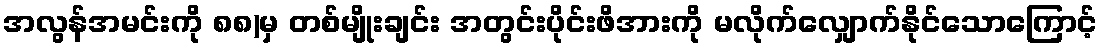
အလွန်အမင်းကို ၈၈)မှ တစ်မျိုးချင်း အတွင်းပိုင်းဖိအားကို မလိုက်လျှောက်နိုင်သောကြောင့်